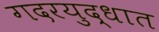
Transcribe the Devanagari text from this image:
गदरयुद्धात